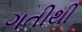
ગતીથી